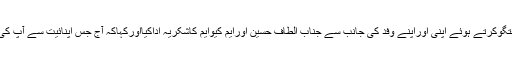
اس موقع پر کشمیری رہنمامیرواعظ عمرفاروق نے جناب الطاف حسین سے گفتگوکرتے ہوئے اپنی اوراپنے وفد کی جانب سے جناب الطاف حسین اورایم کیوایم کاشکریہ اداکیااورکہاکہ آج جس اپنائیت سے آپ کی ٹیم نے ہماراشاندار استقبال کیاہے اس پرہم آپ کے بے حدممنون ومشکورہیں۔